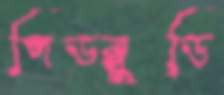
পিডব্লুডি